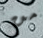
من